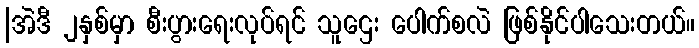
|အဲဒီ ၂နှစ်မှာ စီးပွားရေးလုပ်ရင် သူဌေး ပေါက်စလဲ ဖြစ်နိုင်ပါသေးတယ်။